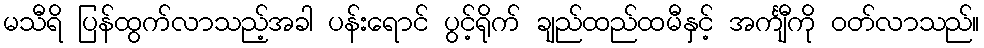
မသီရိ ပြန်ထွက်လာသည့်အခါ ပန်းရောင် ပွင့်ရိုက် ချည်ထည်ထမီနှင့် အင်္ကျီကို ဝတ်လာသည်။